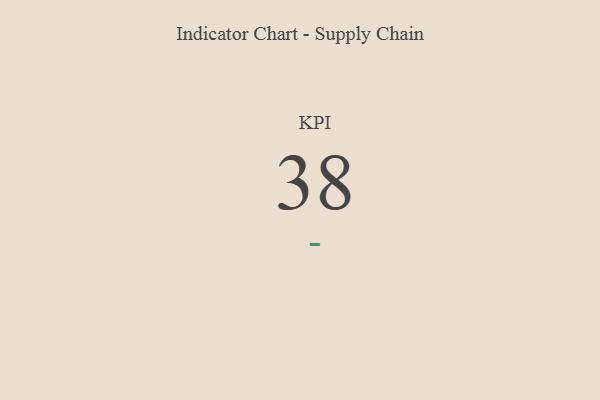
{"axis": {"x": "KPI", "y": "Value"}, "legend": [""], "data": [{"x": "KPI", "y": 38, "type": ""}]}